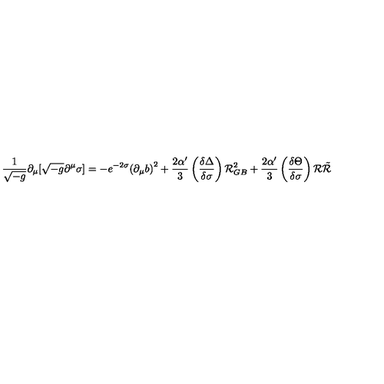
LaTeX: { \frac { 1 } { \sqrt { - g } } } \partial _ { \mu } [ \sqrt { - g } \partial ^ { \mu } \sigma ] = - e ^ { - 2 \sigma } { ( { \partial } _ { \mu } b ) } ^ { 2 } + { \frac { 2 \alpha ^ { \prime } } { 3 } } \left( { \frac { \delta \Delta } { \delta \sigma } } \right) { \cal { R } } _ { G B } ^ { 2 } + { \frac { 2 \alpha ^ { \prime } } { 3 } } \left( { \frac { \delta \Theta } { \delta \sigma } } \right) { \cal { R } } { \tilde { \cal { R } } } \,